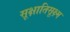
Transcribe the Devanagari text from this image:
सूक्षातिसूक्ष्म